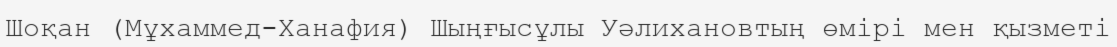
Шоқан (Мұхаммед-Ханафия) Шыңғысұлы Уәлихановтың өмірі мен қызметі